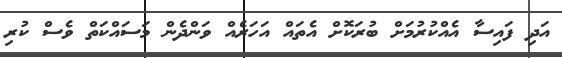
އަދި ފައިސާ އެއްކުރުމަށް ބުރަކޮށް އެތައް އަހަރެއް ވަންދެން މަސައްކަތް ވެސް ކުރި